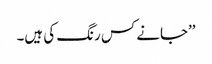
’’جانے کس رنگ کی ہیں۔